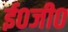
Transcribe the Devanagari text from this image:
ई०जी०